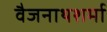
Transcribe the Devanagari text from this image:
वैजनाथशर्मा